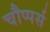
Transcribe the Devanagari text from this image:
चौप्पर्स